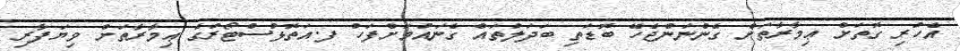
އެހުރި ގޮތަށް ޢިމާރާތަށް ގެންނަންޖެހޭ ބޮޑަތި ބަދަލުތައް ގެނައުމަށްފަހު ފ.އަތޮޅުސްޓޯރުގެ ޢިމާރާތަށް ވިޔަފާރި